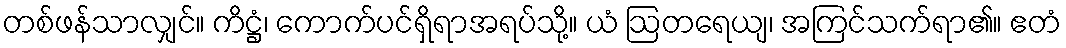
တစ်ဖန်သာလျှင်။ ကိဋ္ဌံ၊ ကောက်ပင်ရှိရာအရပ်သို့။ ယံ ဩတရေယျ၊ အကြင်သက်ရာ၏။ ဧတံ